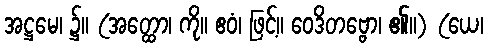
အဋ္ဌမေ၊ ၌။ (အတ္ထော၊ ကို။ ဧဝံ၊ ဖြင့်။ ဝေဒိတဗ္ဗော၊ ၏။) (ယေ၊